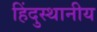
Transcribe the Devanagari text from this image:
हिंदुस्थानीय